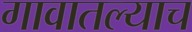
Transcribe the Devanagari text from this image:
गावातल्याच